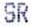
SR